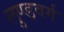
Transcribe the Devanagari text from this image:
लुण्डवर्ग